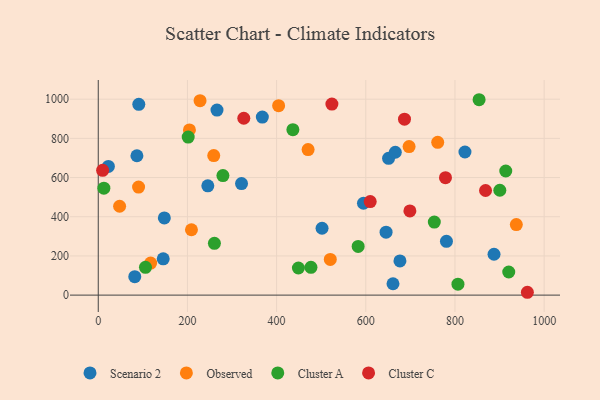
{"axis": {"x": "Experience", "y": "Fuel Efficiency"}, "legend": ["Cluster A", "Cluster C", "Observed", "Scenario 2"], "data": [{"x": "501.9", "y": 341.2, "type": "Scenario 2"}, {"x": "368.0", "y": 908.6, "type": "Scenario 2"}, {"x": "86.7", "y": 711.4, "type": "Scenario 2"}, {"x": "661.0", "y": 58.0, "type": "Scenario 2"}, {"x": "651.1", "y": 698.0, "type": "Scenario 2"}, {"x": "676.6", "y": 174.6, "type": "Scenario 2"}, {"x": "887.6", "y": 208.5, "type": "Scenario 2"}, {"x": "81.9", "y": 94.1, "type": "Scenario 2"}, {"x": "780.9", "y": 274.6, "type": "Scenario 2"}, {"x": "245.7", "y": 558.0, "type": "Scenario 2"}, {"x": "822.4", "y": 730.5, "type": "Scenario 2"}, {"x": "594.8", "y": 468.9, "type": "Scenario 2"}, {"x": "666.2", "y": 729.3, "type": "Scenario 2"}, {"x": "321.3", "y": 569.3, "type": "Scenario 2"}, {"x": "22.7", "y": 656.7, "type": "Scenario 2"}, {"x": "645.5", "y": 321.3, "type": "Scenario 2"}, {"x": "90.9", "y": 973.9, "type": "Scenario 2"}, {"x": "148.2", "y": 394.0, "type": "Scenario 2"}, {"x": "266.3", "y": 944.6, "type": "Scenario 2"}, {"x": "145.7", "y": 185.4, "type": "Scenario 2"}, {"x": "937.6", "y": 360.1, "type": "Observed"}, {"x": "259.0", "y": 712.2, "type": "Observed"}, {"x": "90.4", "y": 551.7, "type": "Observed"}, {"x": "520.4", "y": 182.3, "type": "Observed"}, {"x": "761.3", "y": 779.9, "type": "Observed"}, {"x": "697.1", "y": 758.0, "type": "Observed"}, {"x": "47.9", "y": 453.6, "type": "Observed"}, {"x": "404.5", "y": 967.0, "type": "Observed"}, {"x": "228.3", "y": 992.2, "type": "Observed"}, {"x": "470.6", "y": 742.7, "type": "Observed"}, {"x": "204.5", "y": 843.3, "type": "Observed"}, {"x": "209.0", "y": 333.7, "type": "Observed"}, {"x": "117.5", "y": 163.7, "type": "Observed"}, {"x": "201.7", "y": 806.9, "type": "Cluster A"}, {"x": "279.6", "y": 610.0, "type": "Cluster A"}, {"x": "260.5", "y": 264.4, "type": "Cluster A"}, {"x": "582.9", "y": 248.5, "type": "Cluster A"}, {"x": "920.6", "y": 118.1, "type": "Cluster A"}, {"x": "806.7", "y": 55.6, "type": "Cluster A"}, {"x": "477.0", "y": 141.7, "type": "Cluster A"}, {"x": "854.1", "y": 997.3, "type": "Cluster A"}, {"x": "753.7", "y": 372.6, "type": "Cluster A"}, {"x": "105.9", "y": 141.8, "type": "Cluster A"}, {"x": "436.5", "y": 844.4, "type": "Cluster A"}, {"x": "448.9", "y": 138.3, "type": "Cluster A"}, {"x": "913.9", "y": 633.5, "type": "Cluster A"}, {"x": "12.6", "y": 545.6, "type": "Cluster A"}, {"x": "900.6", "y": 535.3, "type": "Cluster A"}, {"x": "609.9", "y": 477.5, "type": "Cluster C"}, {"x": "778.7", "y": 599.2, "type": "Cluster C"}, {"x": "326.4", "y": 902.8, "type": "Cluster C"}, {"x": "524.0", "y": 975.3, "type": "Cluster C"}, {"x": "698.9", "y": 429.7, "type": "Cluster C"}, {"x": "9.8", "y": 636.7, "type": "Cluster C"}, {"x": "868.6", "y": 534.1, "type": "Cluster C"}, {"x": "686.8", "y": 898.1, "type": "Cluster C"}, {"x": "962.4", "y": 14.5, "type": "Cluster C"}]}